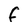
Character: F